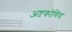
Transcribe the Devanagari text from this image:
अष्टकोणिय